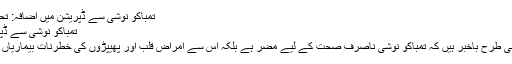
تمباکو نوشی سے ڈپریشن میں اضافہ: تحقیق - Daily Ittehad
تمباکو نوشی سے ڈپریشن میں اضافہ: تحقیق
ہم سب اس بات سے اچھی طرح باخبر ہیں کہ تمباکو نوشی ناصرف صحت کے لیے مضر ہے بلکہ اس سے امراضِ قلب اور پھیپڑوں کی خطرنات بیماریاں بھی لاحق ہو سکتی ہیں۔